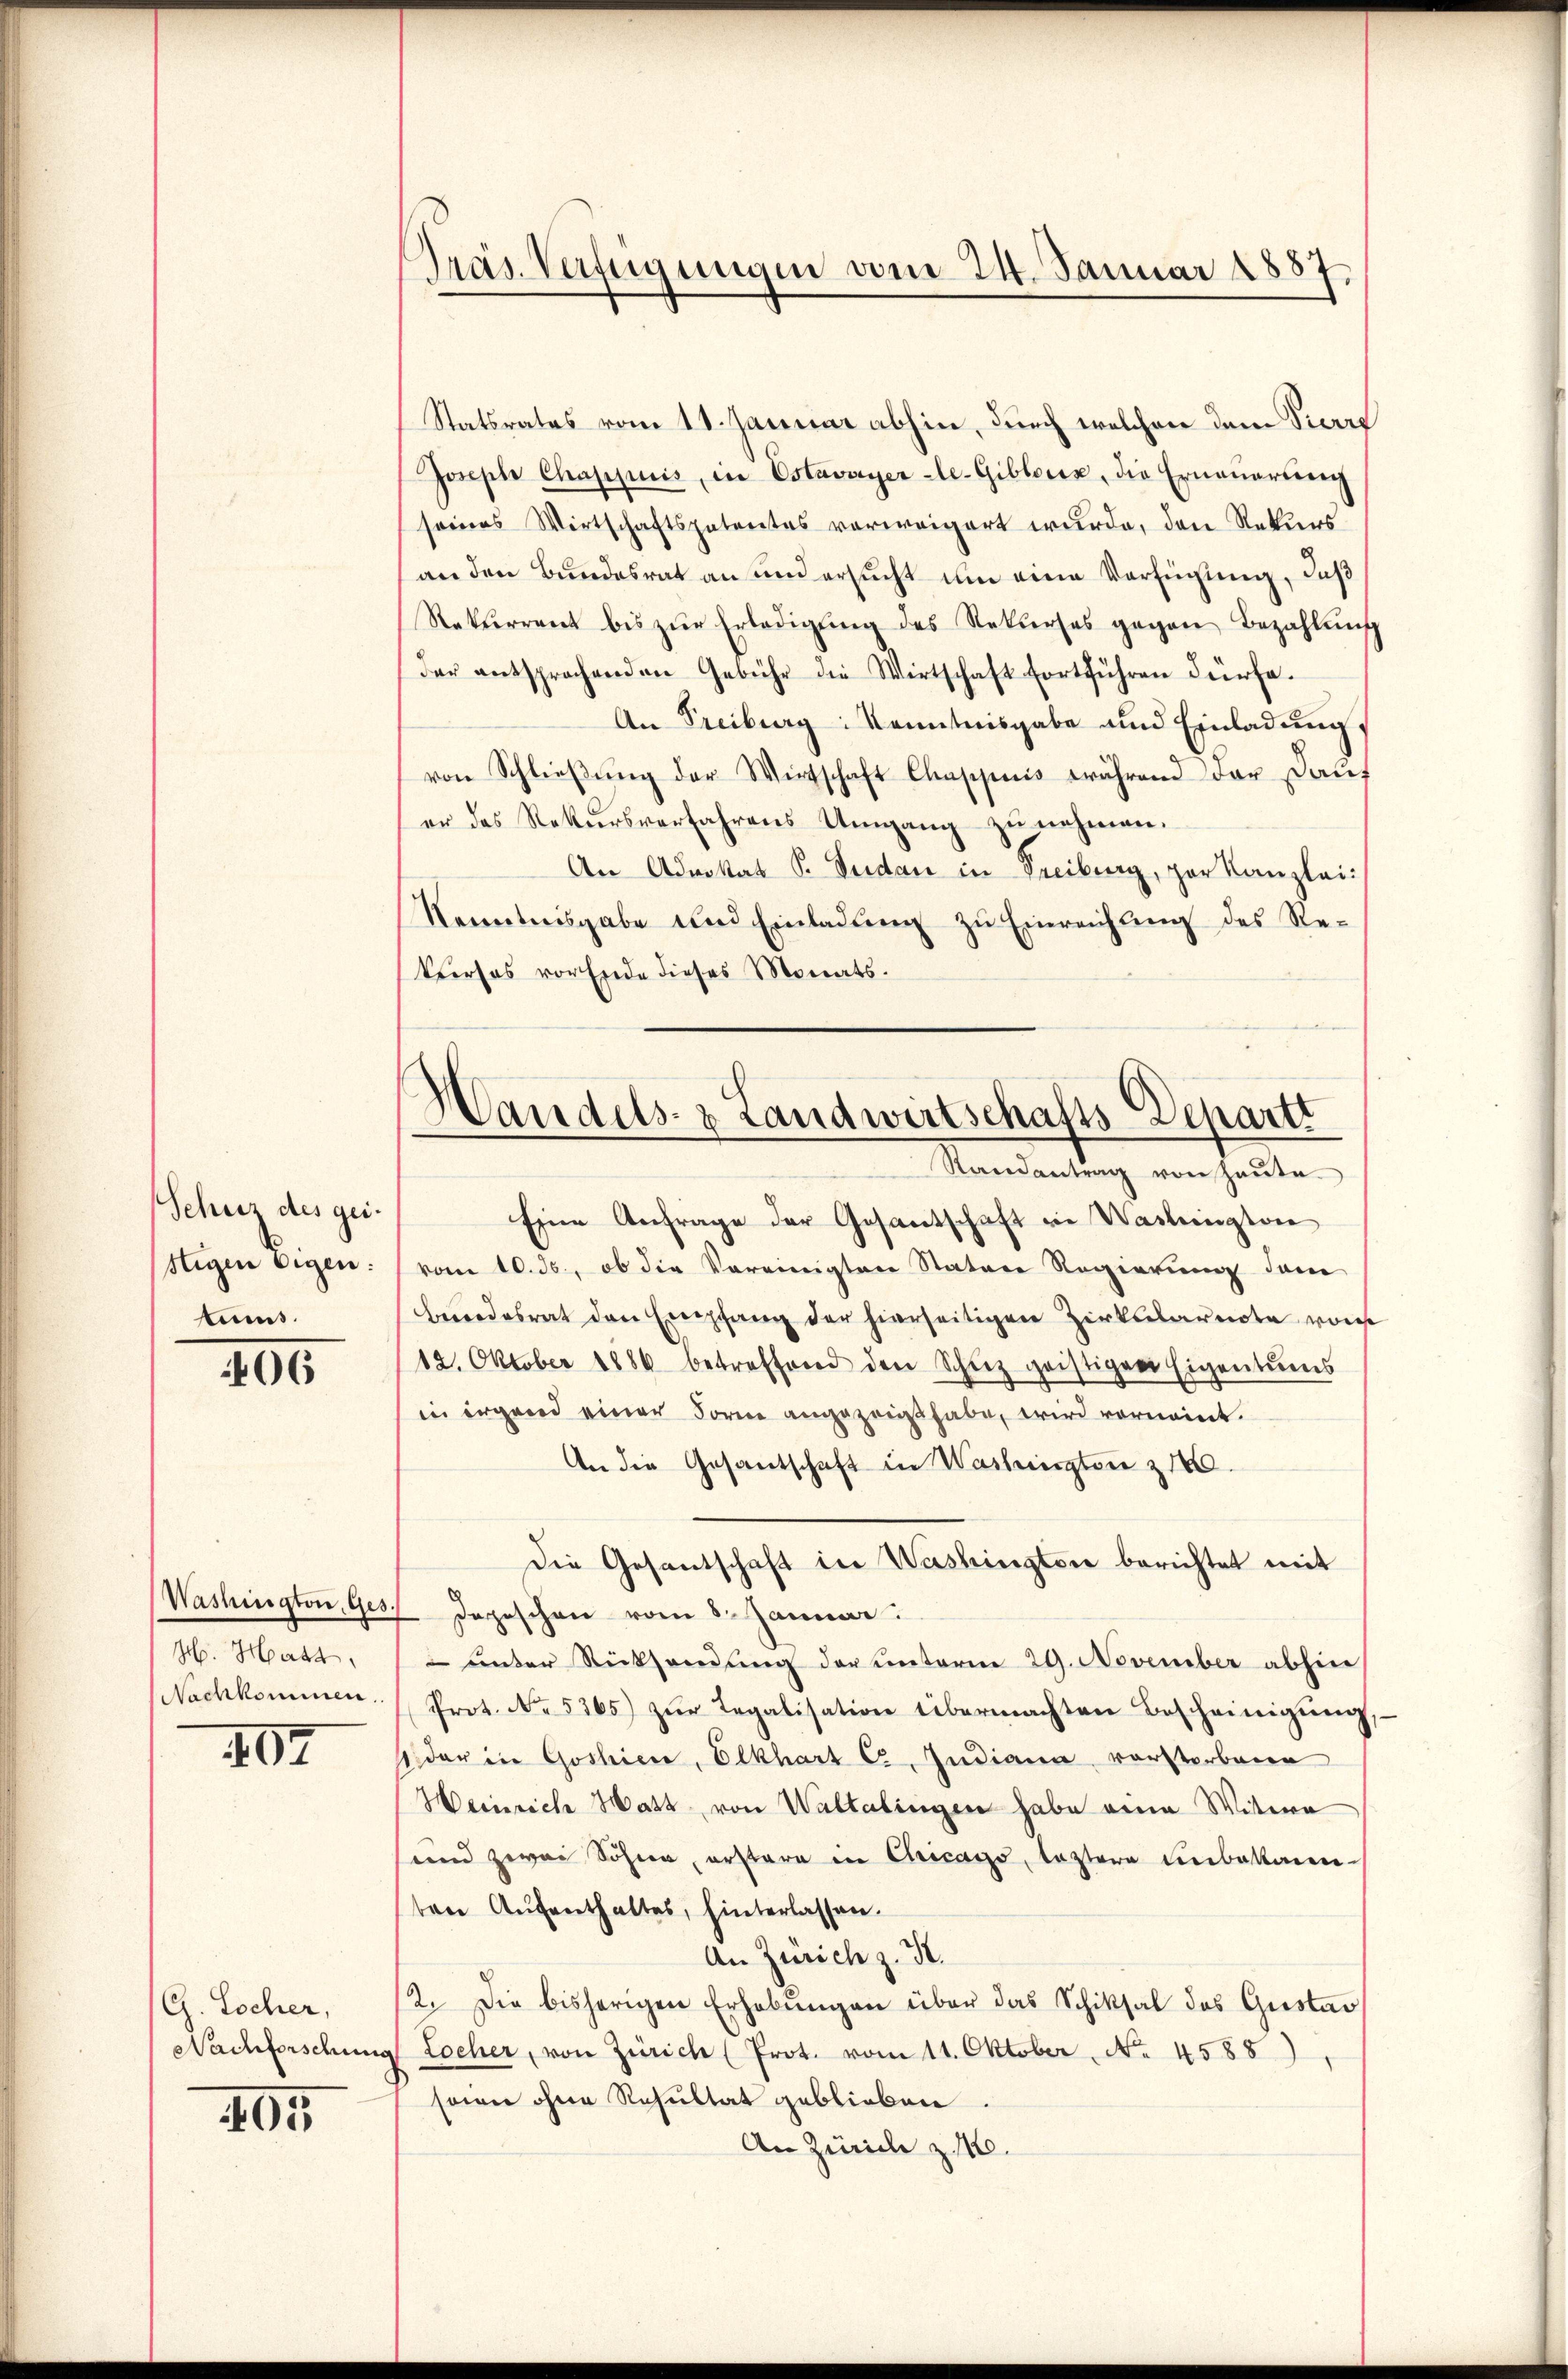
Schutz des geistigen Eigen:
tums.

06

H. Hatt
Nachkommen.

107

(G. Locher,
Nachforschung

05

Präs. Verfügungen vom 24. Januar 1887.

Handels- & Landwirtschafts-Departt
Randantrag von Haŭse

Statsrates vom 11. Januar abhin, durch welchen dem Pierre
Joseph Chappuis, in Estavayer -le-Giblocis, die Erneuerung
seines Wirtschaftspatentes vorweigert wurde, den Rekurs
an den Bundesrat an und ersucht um eine Verfügung, daß
Rekurrent bis zŭr Erledigŭng des Rekurses gegen Bezahlŭng
der entsprochenden Gebühr die Wirtschaft fortführen dürfe.
An Freiburg Kenntnisgabe und Einladŭng,
von Schlieβŭng der Wirtschaft Chappiis während der Dau
er das Rekursverfahrens Umgang zu nehmen.
An Advokat P. Sudan in Freiburg, per Kanzlei:
Kenntnisgabe und Einladung zu Einreichung des Re¬
Verses vor Ende dieses Monats¬
Eine Anfrage der Gesantschaft in Washington
vom 10. ds., ob die Vereinigten Stature Regierung dem
bundesrat den Empfang der hierseitigen Zirkularnote von
12. Oktober 1886 betreffend den Schuz geistigen Eigentums
in irgend einer Form angezeigt habe, wird vornennt.
An die Gesandschaft in Washington z 1000.
die Gesantschaft in Washington berichtet mit
Washington, Ges. Depeschen vom 8. Januar
 unter Rücksendung der unterm 29. November abhin
Prot. No. 5365) zŭr Legalisation übermachten Bescheinigŭng
1 der in Goshiere, Elkhart C. Indiana vorstorbene
Heinrich Hatt, von Waltalingen habe eine Witwe
und zwei Söhnen, erstare in Chicags, leztere unbekann
ten Aŭfenthaltes, hinterlassen.
An Zürich z. K.
2. Die bisherigen Erhebŭngen über das Schiksal des Gustan
Locher, von Zürich (Prot. vom 11. Oktober, No 4588)
seien ohne Resultat geblieben.
An Zürich z. 116.